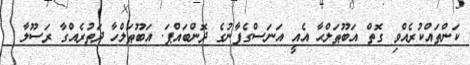
ކަންތައްކުރެއްވި ގޮތް އަބޫޠަލްޙާ އެއީ އަނަސްގެފާނުގެ ދޮންބައްޕަ. އަބޫޠަލްހާ ދަތުރެއްގާ ރަސޫލާ